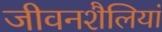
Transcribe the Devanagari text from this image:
जीवनशैलियां